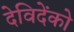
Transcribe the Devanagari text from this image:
देविदेंको